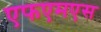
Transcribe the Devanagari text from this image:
एफएमएस